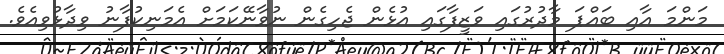
މަންމަ އާއި ބައްޕަ މާދުރުގައި ވަޒީފާގައި އުޅެން ޖެހިގެން ނުވާނޭކަމަށް އެމަނިކުފާނު ވިދާޅުވިއެވެ.